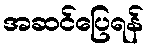
အဆင်ပြေရန်